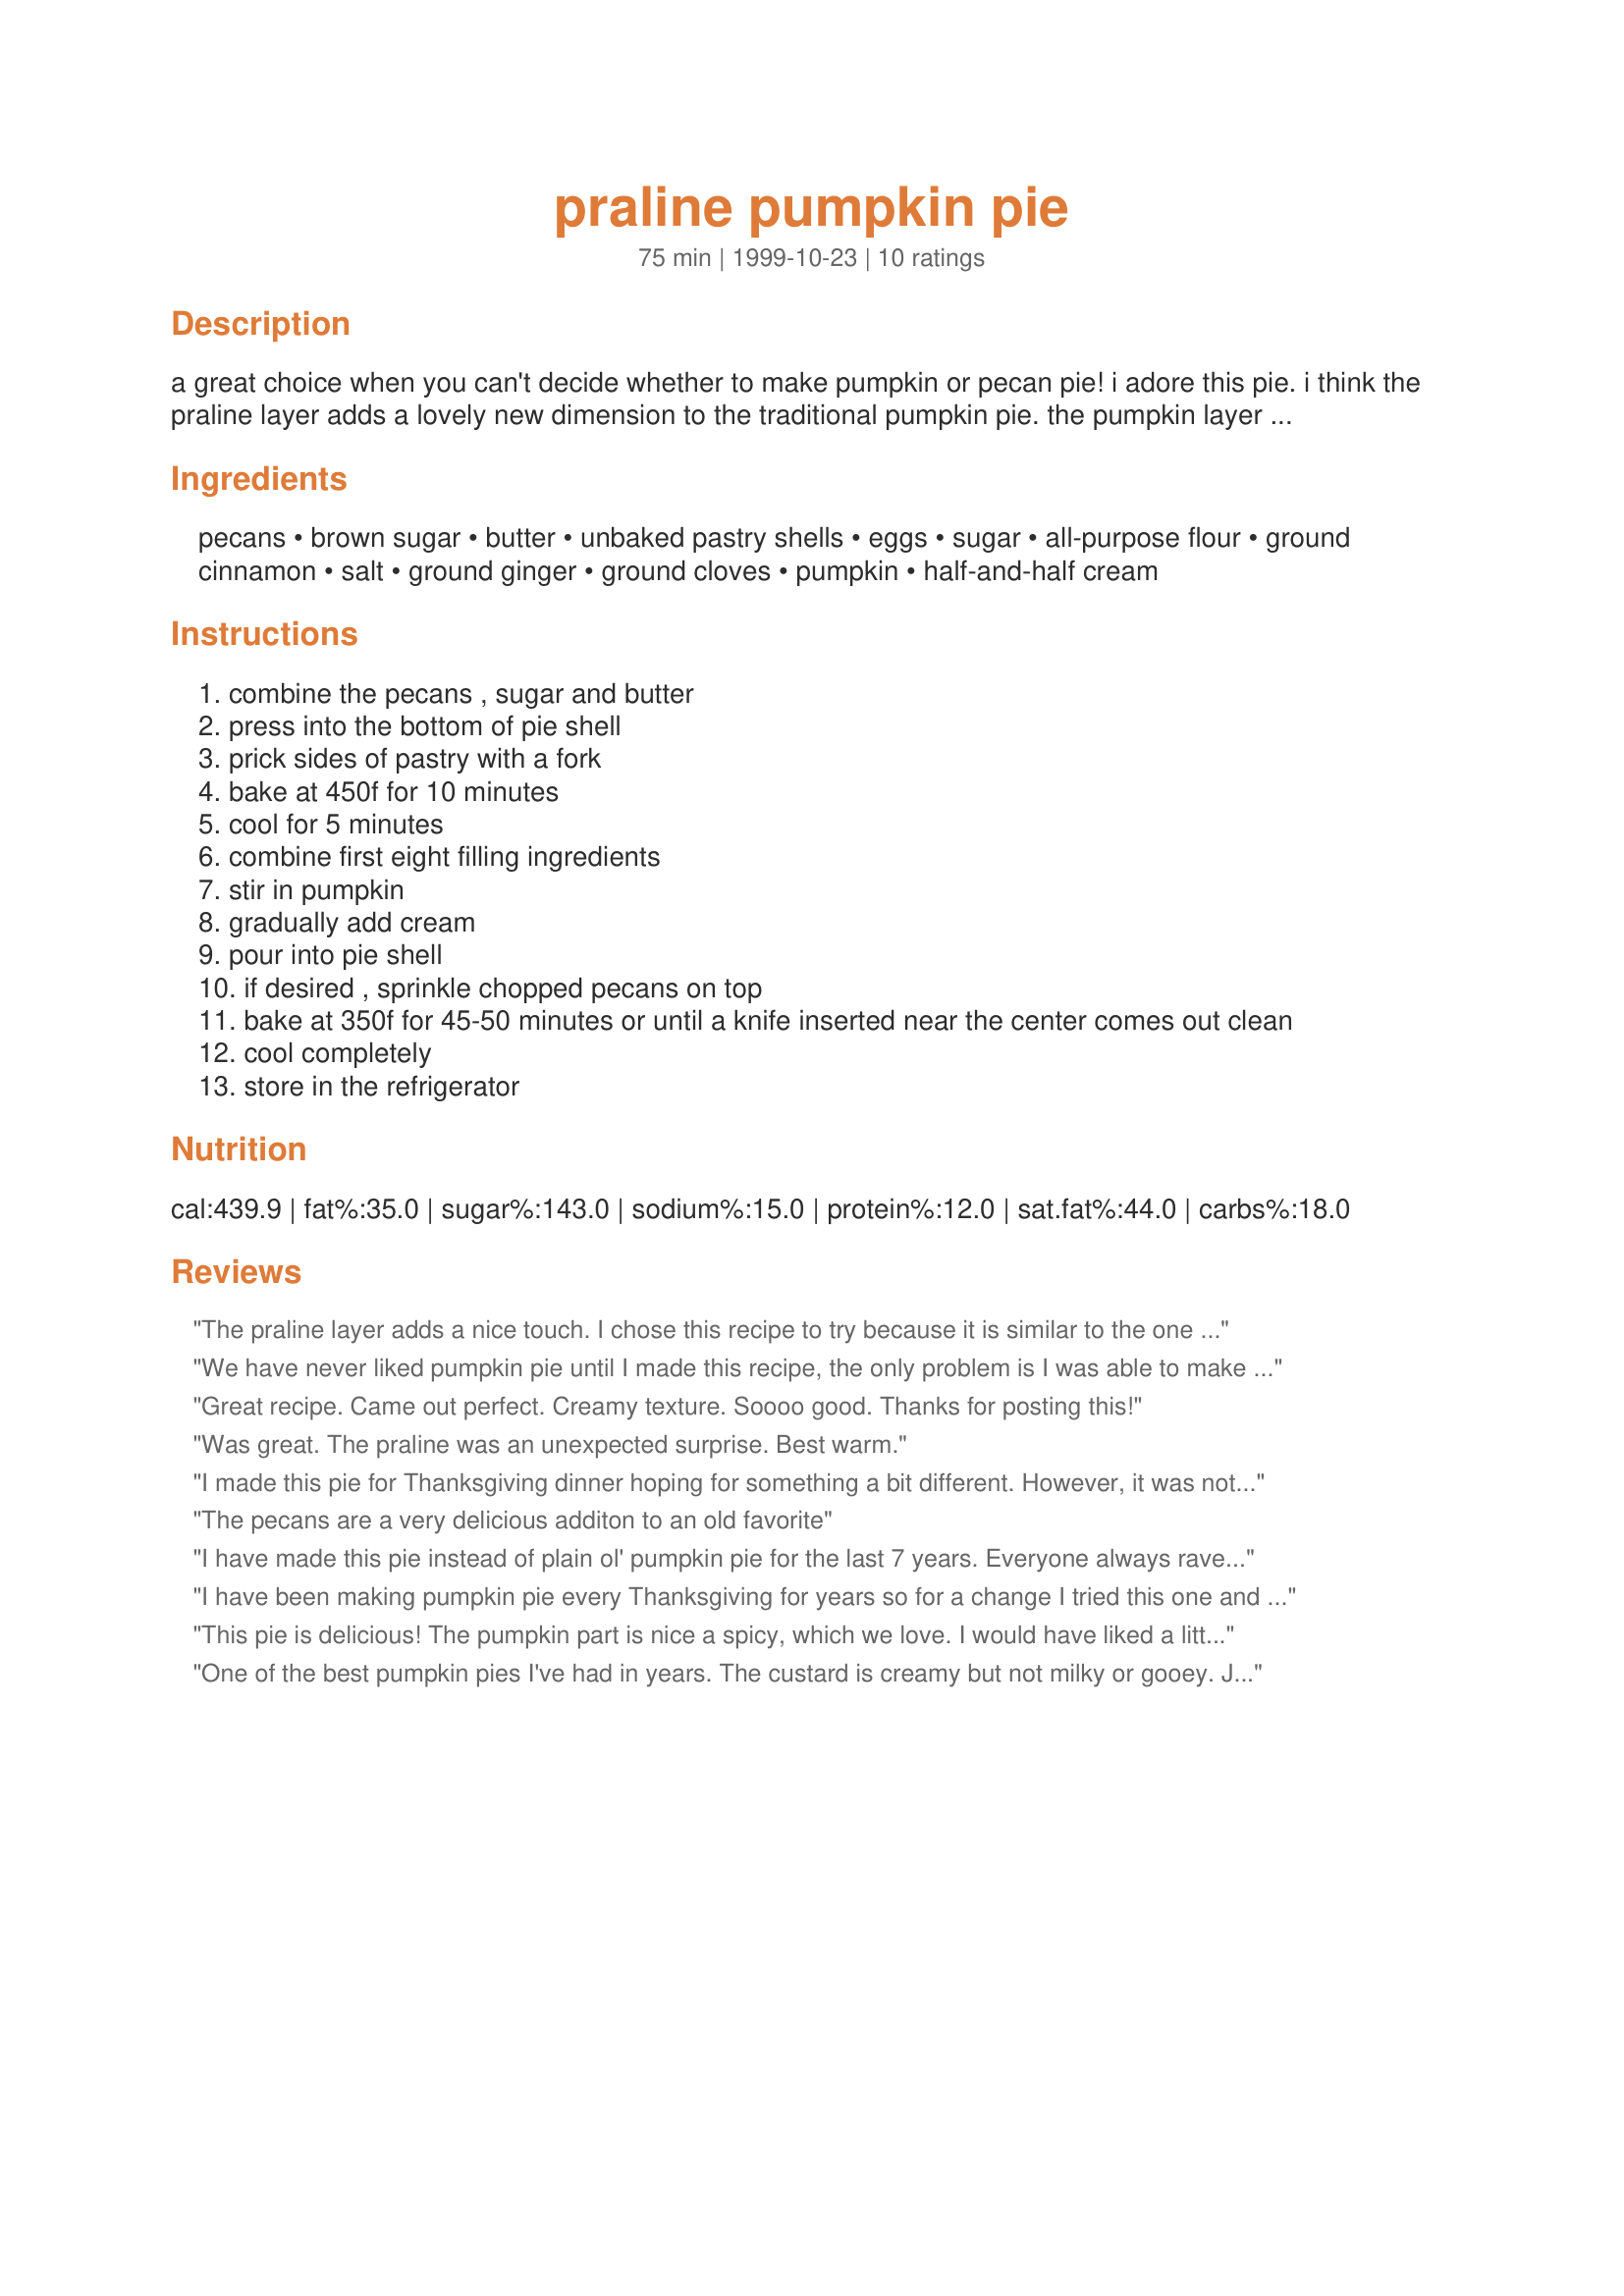
praline pumpkin pie
Preparation time: 75 minutes

a great choice when you can't decide whether to make pumpkin or pecan pie! i adore this pie. i think the praline layer adds a lovely new dimension to the traditional pumpkin pie. the pumpkin layer is the best i've ever had also. very light and tasty without being overly sweet. a few people weren't crazy about it though because they said there was something 'wrong' with having nuts in a pumpkin pie. lol! that's okay, that just means more for me!! and yes, you can double the praline layer, i do. you will end up with a little too much filling, but the pie will turn out fine.

Ingredients:
pecans, brown sugar, butter, unbaked pastry shells, eggs, sugar, all-purpose flour, ground cinnamon, salt, ground ginger, ground cloves, pumpkin, half-and-half cream

Steps:
combine the pecans , sugar and butter
press into the bottom of pie shell
prick sides of pastry with a fork
bake at 450f for 10 minutes
cool for 5 minutes
combine first eight filling ingredients
stir in pumpkin
gradually add cream
pour into pie shell
if desired , sprinkle chopped pecans on top
bake at 350f for 45-50 minutes or until a knife inserted near the center comes out clean
cool completely
store in the refrigerator

Reviews:
The praline layer adds a nice touch. I chose this recipe to try because it is similar to the one I make. I don't like the flavor of the pie when using evaporated milk nor the sweetness when using condensed milk.
We have never liked pumpkin pie until I made this recipe, the only problem is I was able to make 3 pies with the amount of filling in this recipe so my question is did you use a deep pie crust?

The praline crust I will double next time though. Thank you for helping us enjoy a traditional Thanksgiving day treat.
Great recipe. Came out perfect. Creamy texture. Soooo good. Thanks for posting this!
Was great. The praline was an unexpected surprise. Best warm.
I made this pie for Thanksgiving dinner hoping for something a bit different. However, it was not the hit I was hoping it to be. The texture did not turn out that great. The praline just melted into the crust. The whole pie was a bit soggy for my tastes.
The pecans are a very delicious additon to an old favorite
I have made this pie instead of plain ol' pumpkin pie for the last 7 years. Everyone always raves about it. The flavor is wonderful and the texture is slightly lighter than traditional pumpin pie, I suspect due to the substitution of light cream instead of canned milk. 

If you try this, you won't go back to plain ol' pumkin again!
I have been making pumpkin pie every Thanksgiving for years so for a change I tried this one and it was delicious. So much lighter and tastier! I guess I changed my traditional pumpkin pie to this one!
This pie is delicious! The pumpkin part is nice a spicy, which we love. I would have liked a little more of the pecan layer, but followed the recipe the first time.
I don't know if doubling the pecan layer would be okay or not, but all and all this is a great pie with whipped cream on top! Thanks, Carole in Orlando
One of the best pumpkin pies I've had in years. The custard is creamy but not milky or gooey. Just the right amount of egg-balance to keep it light. I to think this is because I was used to sickening evaporated milk recipes and I will not go back. I like the praline layer. There were only two of us so I couldn't justify the usual pecan AND pumpkin pie so it was a good combination. I would have liked to have seen even more of this layer. Would it work on top also? or in the middle? Made with Crust Recipe #108281. Will make again.
